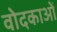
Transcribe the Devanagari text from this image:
वोदकाओं